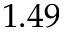
1 . 4 9